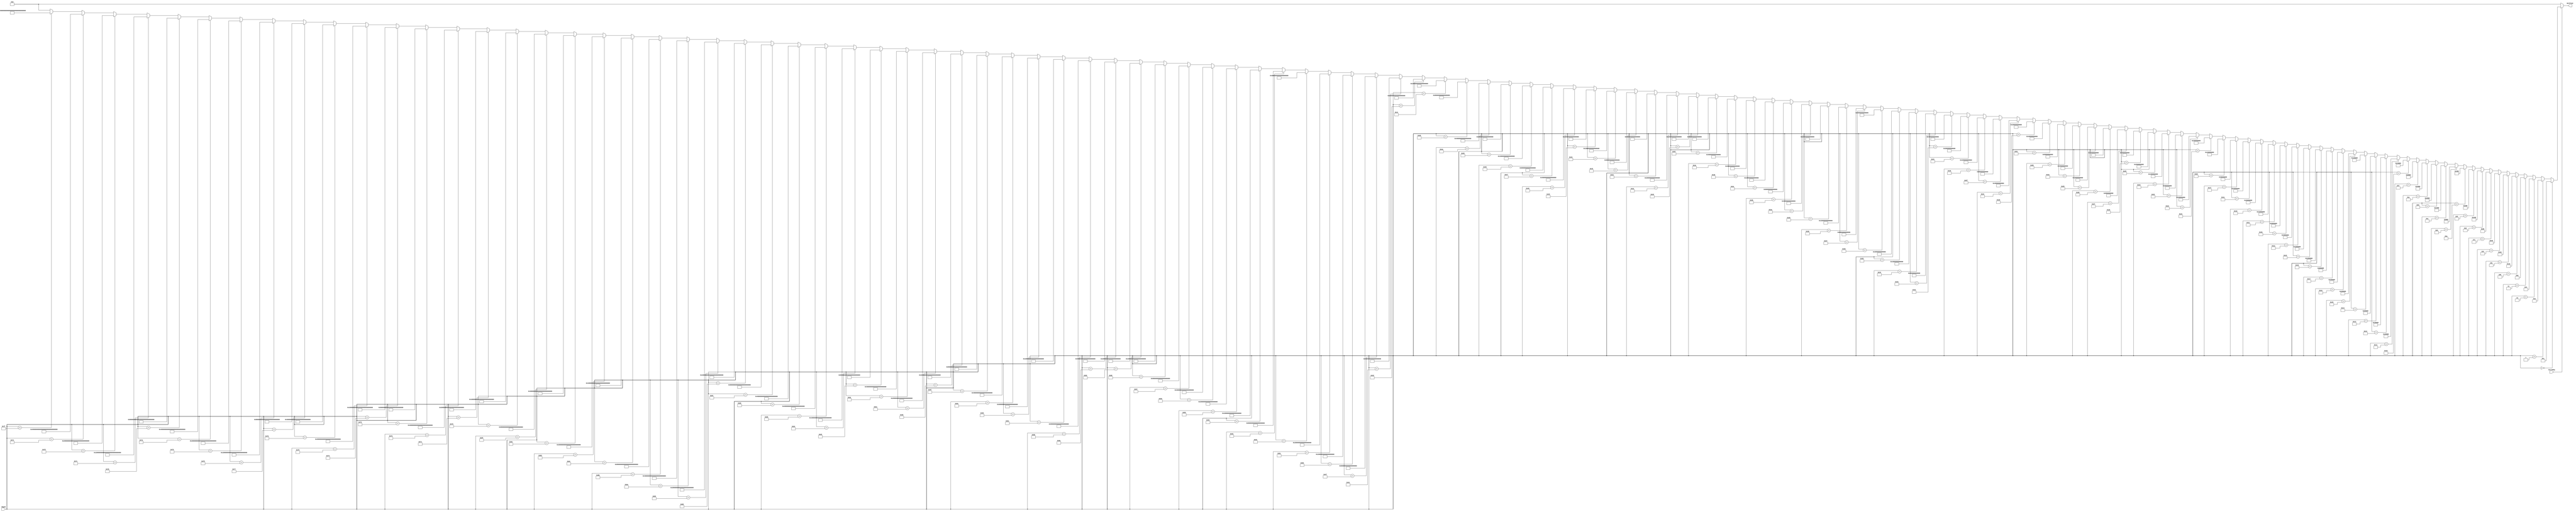
module CacheDecoder_7_128(input [6:0] RegId, input WriteReg, output [127:0] Wordline);

assign Wordline = (WriteReg == 1'b1)  ? (
		  (RegId == 7'd0) ? 128'h00000000000000000000000000000001 :
		  (RegId == 7'd1) ? 128'h00000000000000000000000000000002 :
		  (RegId == 7'd2) ? 128'h00000000000000000000000000000004 :
		  (RegId == 7'd3) ? 128'h00000000000000000000000000000008 :
		  (RegId == 7'd4) ? 128'h00000000000000000000000000000010 :
		  (RegId == 7'd5) ? 128'h00000000000000000000000000000020 :
		  (RegId == 7'd6) ? 128'h00000000000000000000000000000040 :
		  (RegId == 7'd7) ? 128'h00000000000000000000000000000080 :
		  (RegId == 7'd8) ? 128'h00000000000000000000000000000100 :
		  (RegId == 7'd9) ? 128'h00000000000000000000000000000200 :
		  (RegId == 7'd10) ? 128'h00000000000000000000000000000400 :
		  (RegId == 7'd11) ? 128'h00000000000000000000000000000800 :
		  (RegId == 7'd12) ? 128'h00000000000000000000000000001000 :
		  (RegId == 7'd13) ? 128'h00000000000000000000000000002000 :
		  (RegId == 7'd14) ? 128'h00000000000000000000000000004000 :
		  (RegId == 7'd15) ? 128'h00000000000000000000000000008000 :
		  (RegId == 7'd16) ? 128'h00000000000000000000000000010000 :
		  (RegId == 7'd17) ? 128'h00000000000000000000000000020000 :
		  (RegId == 7'd18) ? 128'h00000000000000000000000000040000 :
		  (RegId == 7'd19) ? 128'h00000000000000000000000000080000 :
		  (RegId == 7'd20) ? 128'h00000000000000000000000000100000 :
		  (RegId == 7'd21) ? 128'h00000000000000000000000000200000 :
		  (RegId == 7'd22) ? 128'h00000000000000000000000000400000 :
		  (RegId == 7'd23) ? 128'h00000000000000000000000000800000 :
		  (RegId == 7'd24) ? 128'h00000000000000000000000001000000 :
		  (RegId == 7'd25) ? 128'h00000000000000000000000002000000 :
		  (RegId == 7'd26) ? 128'h00000000000000000000000004000000 :
		  (RegId == 7'd27) ? 128'h00000000000000000000000008000000 :
		  (RegId == 7'd28) ? 128'h00000000000000000000000010000000 :
		  (RegId == 7'd29) ? 128'h00000000000000000000000020000000 :
		  (RegId == 7'd30) ? 128'h00000000000000000000000040000000 :
		  (RegId == 7'd31) ? 128'h00000000000000000000000080000000 :
		  (RegId == 7'd32) ? 128'h00000000000000000000000100000000 :
		  (RegId == 7'd33) ? 128'h00000000000000000000000200000000 :
		  (RegId == 7'd34) ? 128'h00000000000000000000000400000000 :
		  (RegId == 7'd35) ? 128'h00000000000000000000000800000000 :
		  (RegId == 7'd36) ? 128'h00000000000000000000001000000000 :
		  (RegId == 7'd37) ? 128'h00000000000000000000002000000000 :
		  (RegId == 7'd38) ? 128'h00000000000000000000004000000000 :
		  (RegId == 7'd39) ? 128'h00000000000000000000008000000000 :
		  (RegId == 7'd40) ? 128'h00000000000000000000010000000000 :
		  (RegId == 7'd41) ? 128'h00000000000000000000020000000000 :
		  (RegId == 7'd42) ? 128'h00000000000000000000040000000000 :
		  (RegId == 7'd43) ? 128'h00000000000000000000080000000000 :
		  (RegId == 7'd44) ? 128'h00000000000000000000100000000000 :
		  (RegId == 7'd45) ? 128'h00000000000000000000200000000000 :
		  (RegId == 7'd46) ? 128'h00000000000000000000400000000000 :
		  (RegId == 7'd47) ? 128'h00000000000000000000800000000000 :
		  (RegId == 7'd48) ? 128'h00000000000000000001000000000000 :
		  (RegId == 7'd49) ? 128'h00000000000000000002000000000000 :
		  (RegId == 7'd50) ? 128'h00000000000000000004000000000000 :
		  (RegId == 7'd51) ? 128'h00000000000000000008000000000000 :
		  (RegId == 7'd52) ? 128'h00000000000000000010000000000000 :
		  (RegId == 7'd53) ? 128'h00000000000000000020000000000000 :
		  (RegId == 7'd54) ? 128'h00000000000000000040000000000000 :
		  (RegId == 7'd55) ? 128'h00000000000000000080000000000000 :
		  (RegId == 7'd56) ? 128'h00000000000000000100000000000000 :
		  (RegId == 7'd57) ? 128'h00000000000000000200000000000000 :
		  (RegId == 7'd58) ? 128'h00000000000000000400000000000000 :
		  (RegId == 7'd59) ? 128'h00000000000000000800000000000000 :
		  (RegId == 7'd60) ? 128'h00000000000000001000000000000000 :
		  (RegId == 7'd61) ? 128'h00000000000000002000000000000000 :
		  (RegId == 7'd62) ? 128'h00000000000000004000000000000000 :
		  (RegId == 7'd63) ? 128'h00000000000000008000000000000000 :
		  (RegId == 7'd64) ? 128'h00000000000000010000000000000000 :
		  (RegId == 7'd65) ? 128'h00000000000000020000000000000000 :
		  (RegId == 7'd66) ? 128'h00000000000000040000000000000000 :
		  (RegId == 7'd67) ? 128'h00000000000000080000000000000000 :
		  (RegId == 7'd68) ? 128'h00000000000000100000000000000000 :
		  (RegId == 7'd69) ? 128'h00000000000000200000000000000000 :
		  (RegId == 7'd70) ? 128'h00000000000000400000000000000000 :
		  (RegId == 7'd71) ? 128'h00000000000000800000000000000000 :
		  (RegId == 7'd72) ? 128'h00000000000001000000000000000000 :
		  (RegId == 7'd73) ? 128'h00000000000002000000000000000000 :
		  (RegId == 7'd74) ? 128'h00000000000004000000000000000000 :
		  (RegId == 7'd75) ? 128'h00000000000008000000000000000000 :
		  (RegId == 7'd76) ? 128'h00000000000010000000000000000000 :
		  (RegId == 7'd77) ? 128'h00000000000020000000000000000000 :
		  (RegId == 7'd78) ? 128'h00000000000040000000000000000000 :
		  (RegId == 7'd79) ? 128'h00000000000080000000000000000000 :
		  (RegId == 7'd80) ? 128'h00000000000100000000000000000000 :
		  (RegId == 7'd81) ? 128'h00000000000200000000000000000000 :
		  (RegId == 7'd82) ? 128'h00000000000400000000000000000000 :
		  (RegId == 7'd83) ? 128'h00000000000800000000000000000000 :
		  (RegId == 7'd84) ? 128'h00000000001000000000000000000000 :
		  (RegId == 7'd85) ? 128'h00000000002000000000000000000000 :
		  (RegId == 7'd86) ? 128'h00000000004000000000000000000000 :
		  (RegId == 7'd87) ? 128'h00000000008000000000000000000000 :
		  (RegId == 7'd88) ? 128'h00000000010000000000000000000000 :
		  (RegId == 7'd89) ? 128'h00000000020000000000000000000000 :
		  (RegId == 7'd90) ? 128'h00000000040000000000000000000000 :
		  (RegId == 7'd91) ? 128'h00000000080000000000000000000000 :
		  (RegId == 7'd92) ? 128'h00000000100000000000000000000000 :
		  (RegId == 7'd93) ? 128'h00000000200000000000000000000000 :
		  (RegId == 7'd94) ? 128'h00000000400000000000000000000000 :
		  (RegId == 7'd95) ? 128'h00000000800000000000000000000000 :
		  (RegId == 7'd96) ? 128'h00000001000000000000000000000000 :
		  (RegId == 7'd97) ? 128'h00000002000000000000000000000000 :
		  (RegId == 7'd98) ? 128'h00000004000000000000000000000000 :
		  (RegId == 7'd99) ? 128'h00000008000000000000000000000000 :
		  (RegId == 7'd100) ? 128'h00000010000000000000000000000000 :
		  (RegId == 7'd101) ? 128'h00000020000000000000000000000000 :
		  (RegId == 7'd102) ? 128'h00000040000000000000000000000000 :
		  (RegId == 7'd103) ? 128'h00000080000000000000000000000000 :
		  (RegId == 7'd104) ? 128'h00000100000000000000000000000000 :
		  (RegId == 7'd105) ? 128'h00000200000000000000000000000000 :
		  (RegId == 7'd106) ? 128'h00000400000000000000000000000000 :
		  (RegId == 7'd107) ? 128'h00000800000000000000000000000000 :
		  (RegId == 7'd108) ? 128'h00001000000000000000000000000000 :
		  (RegId == 7'd109) ? 128'h00002000000000000000000000000000 :
		  (RegId == 7'd110) ? 128'h00004000000000000000000000000000 :
		  (RegId == 7'd111) ? 128'h00008000000000000000000000000000 :
		  (RegId == 7'd112) ? 128'h00010000000000000000000000000000 :
		  (RegId == 7'd113) ? 128'h00020000000000000000000000000000 :
		  (RegId == 7'd114) ? 128'h00040000000000000000000000000000 :
		  (RegId == 7'd115) ? 128'h00080000000000000000000000000000 :
		  (RegId == 7'd116) ? 128'h00100000000000000000000000000000 :
		  (RegId == 7'd117) ? 128'h00200000000000000000000000000000 :
		  (RegId == 7'd118) ? 128'h00400000000000000000000000000000 :
		  (RegId == 7'd119) ? 128'h00800000000000000000000000000000 :
		  (RegId == 7'd120) ? 128'h01000000000000000000000000000000 :
		  (RegId == 7'd121) ? 128'h02000000000000000000000000000000 :
		  (RegId == 7'd122) ? 128'h04000000000000000000000000000000 :
		  (RegId == 7'd123) ? 128'h08000000000000000000000000000000 :
		  (RegId == 7'd124) ? 128'h10000000000000000000000000000000 :
		  (RegId == 7'd125) ? 128'h20000000000000000000000000000000 :
		  (RegId == 7'd126) ? 128'h40000000000000000000000000000000 :
		  (RegId == 7'd127) ? 128'h80000000000000000000000000000000 :
					128'h00000000000000000000000000000000) 
						: 128'h00000000000000000000000000000000;

endmodule